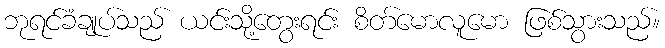
ဘုရင်ခံချုပ်သည် ယင်းသို့တွေးရင်း စိတ်မောလူမော ဖြစ်သွားသည်။